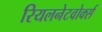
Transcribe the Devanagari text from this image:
रियलनेटवोर्क्स